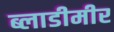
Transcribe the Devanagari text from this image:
ब्लाडीमीर